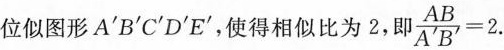
位似图形A'B'C'D'E'，使得相似比为2,即$$\frac{ A B }{ A‘ {\prime} B’ {\prime}} = 2$$.